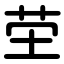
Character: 茔